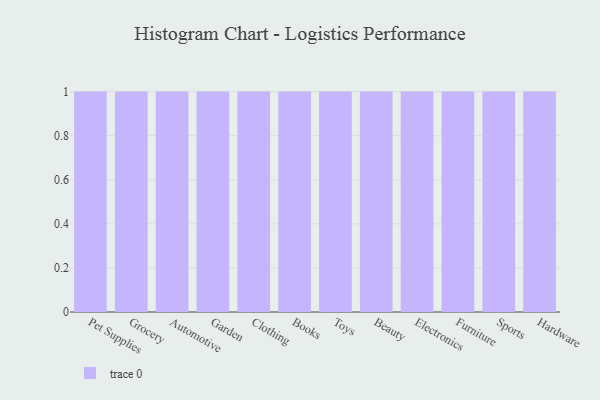
{"axis": {"x": "Category", "y": "Production Output"}, "legend": [""], "data": [{"x": "Pet Supplies", "y": 34, "type": ""}, {"x": "Grocery", "y": 80, "type": ""}, {"x": "Automotive", "y": 2, "type": ""}, {"x": "Garden", "y": 70, "type": ""}, {"x": "Clothing", "y": 17, "type": ""}, {"x": "Books", "y": 13, "type": ""}, {"x": "Toys", "y": 25, "type": ""}, {"x": "Beauty", "y": 29, "type": ""}, {"x": "Electronics", "y": 38, "type": ""}, {"x": "Furniture", "y": 39, "type": ""}, {"x": "Sports", "y": 28, "type": ""}, {"x": "Hardware", "y": 28, "type": ""}]}